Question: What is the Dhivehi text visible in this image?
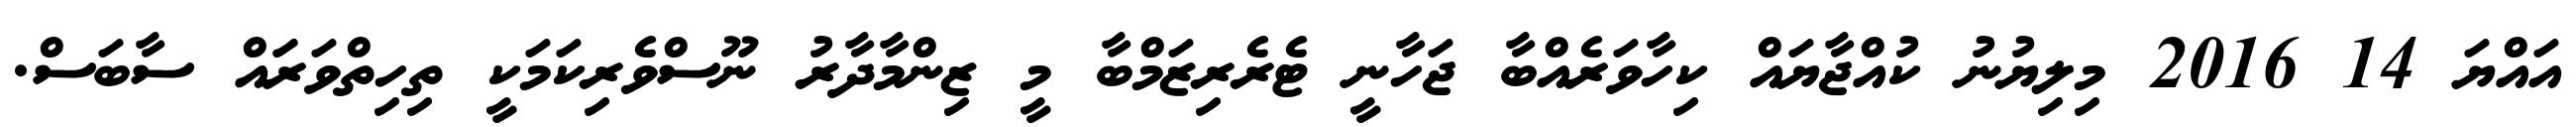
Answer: އައްޔަ 14 2016 މިލިޔުނު ކުއްޖާޔައް ކިހާވަރެއްބާ ޖަހާނީ ޓެރެރިޒަމްބާ މީ ޒިންމާދާރު ނޫސްވެރިކަމަކީ ތިހިތްވަރަައް ސާބަސް.